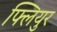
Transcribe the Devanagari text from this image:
फ्लियुर